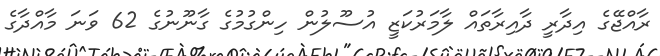
ރާއްޖޭގެ އިދާރީ ދާއިރާތައް ލާމަރުކަޒީ އުސޫލުން ހިންގުމުގެ ގާނޫނުގެ 62 ވަނަ މާއްދާގެ